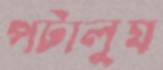
পটালুম